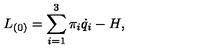
L _ { ( 0 ) } = \sum _ { i = 1 } ^ { 3 } \pi _ { i } \dot { q } _ { i } - H ,